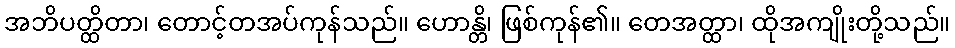
အဘိပတ္ထိတာ၊ တောင့်တအပ်ကုန်သည်။ ဟောန္တိ၊ ဖြစ်ကုန်၏။ တေအတ္ထာ၊ ထိုအကျိုးတို့သည်။